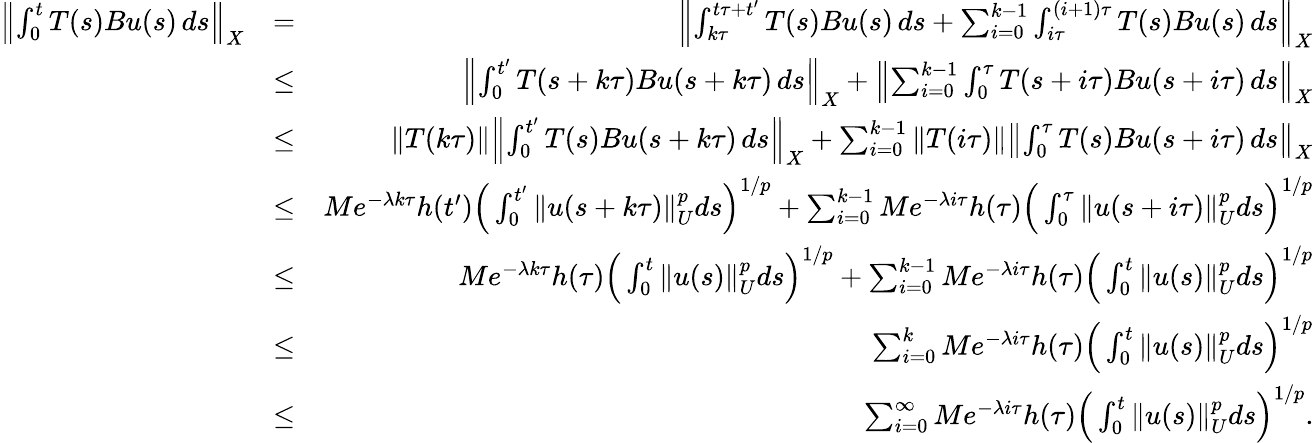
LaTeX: \begin{array}{rlr}{\left\| \int_{0}^{t}T(s)Bu(s)\, ds\right\| _{X}}&{=}&{\left\| \int_{k\tau}^{t\tau+t^{\prime}}T(s)Bu(s)\, ds+\sum_{i=0}^{k-1}\int_{i\tau}^{(i+1)\tau}T(s)Bu(s)\, ds\right\| _{X}}\\ &{\leq}&{\left\| \int_{0}^{t^{\prime}}T(s+k\tau)Bu(s+k\tau)\, ds\right\| _{X}+\left\| \sum_{i=0}^{k-1}\int_{0}^{\tau}T(s+i\tau)Bu(s+i\tau)\, ds\right\| _{X}}\\ &{\leq}&{\| T(k\tau)\| \left\| \int_{0}^{t^{\prime}}T(s)Bu(s+k\tau)\, ds\right\| _{X}+\sum_{i=0}^{k-1}\| T(i\tau)\| \left\| \int_{0}^{\tau}T(s)Bu(s+i\tau)\, ds\right\| _{X}}\\ &{\leq}&{Me^{-\lambda k\tau}h(t^{\prime})\Big(\int_{0}^{t^{\prime}}\| u(s+k\tau)\| _{U}^{p}ds\Big)^{1/p}+\sum_{i=0}^{k-1}Me^{-\lambda i\tau}h(\tau)\Big(\int_{0}^{\tau}\| u(s+i\tau)\| _{U}^{p}ds\Big)^{1/p}}\\ &{\leq}&{Me^{-\lambda k\tau}h(\tau)\Big(\int_{0}^{t}\| u(s)\| _{U}^{p}ds\Big)^{1/p}+\sum_{i=0}^{k-1}Me^{-\lambda i\tau}h(\tau)\Big(\int_{0}^{t}\| u(s)\| _{U}^{p}ds\Big)^{1/p}}\\ &{\leq}&{\sum_{i=0}^{k}Me^{-\lambda i\tau}h(\tau)\Big(\int_{0}^{t}\| u(s)\| _{U}^{p}ds\Big)^{1/p}}\\ &{\leq}&{\sum_{i=0}^{\infty}Me^{-\lambda i\tau}h(\tau)\Big(\int_{0}^{t}\| u(s)\| _{U}^{p}ds\Big)^{1/p}.}\end{array}